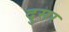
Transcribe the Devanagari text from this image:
दुसर